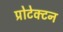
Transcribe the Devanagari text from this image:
प्रोटेक्टन